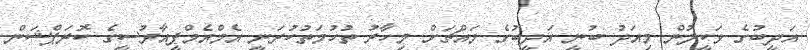
އަދީބުގެ ވަކީލުން މިއަދު ބުނީ އަދީބުގެ މައްޗަށް މިހާރު ތުހުމަތުކުރަނީ އެމްއެމްޕީއާރުސީގެ ކޮރަޕްޝަން